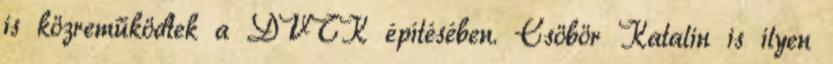
is közreműködtek a DVTK építésében. Csöbör Katalin is ilyen